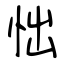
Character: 㤕